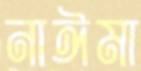
নাঈমা